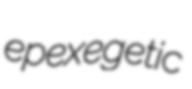
epexegetic